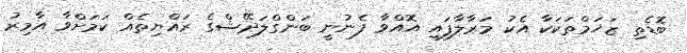
ބޮޑެތި ޒަޚަމްތަކަކާ އެކު މަރާލާފައި އޮއްވާ ފެނުނީ ބަންގްލަދޭޝްގެ ރައްޔިތެއް ކަމަށްވާ އާމިރު